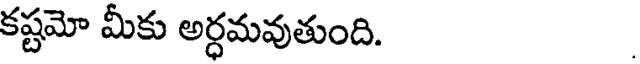
కష్టమో మీకు అర్ధమవుతుంది.